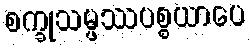
စက္ခုသမ္ဖဿပစ္စယာပေ